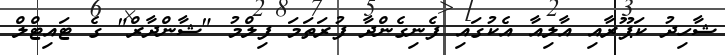
ޝާހިދު ކަޕޫރާއި އާލިއާ އެކުގައި ފެނިގެންދާ ފުރަތަމަ ފިލްމު "ޝާންދާރް" ގެ ޓައިޓްލް